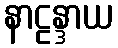
နာဠန္ဒာယ